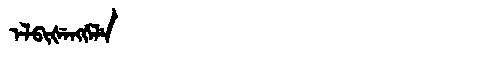
Manchu: ᡝᠯᠪᡳᡧᡝᠩᡤᡝᠯᡝ
Romanization: ELBIŠENGGELE